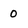
Character: 0